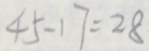
4 5 - 1 7 = 2 8